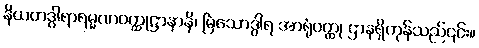
နိယတဒွါရာရမ္မဏဝတ္ထုဋ္ဌာနာနိ၊ မြဲသောဒွါရ အာရုံဝတ္ထု ဌာနရှိကုန်သည်၎င်း။